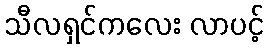
သီလရှင်ကလေး လာပင့်